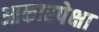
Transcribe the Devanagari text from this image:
आकारपेक्षा